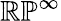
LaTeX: \mathbb{RP}^{\infty}